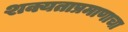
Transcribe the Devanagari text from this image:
शक्यताप्रमाणाचा